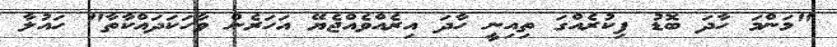
"މަންމަ ހާދަ ބޮޑު ފިކުރެއްގަ ތިއިނީ ހާދަ އިރެއްވެއްޖެޔޭ އަހަރެން ވާހަކަދައްކާތާ" ހައުލާ